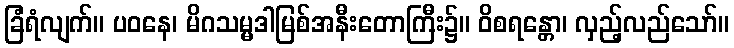
ခြံရံလျက်။ ပဝနေ၊ မိဂသမ္မဒါမြစ်အနီးတောကြီး၌။ ဝိစရန္တော၊ လှည့်လည်သော်။